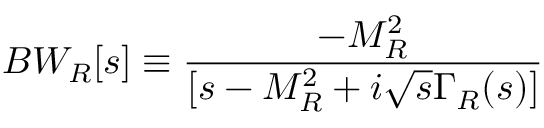
B W _ { R } [ s ] \equiv { \frac { - M _ { R } ^ { 2 } } { [ s - M _ { R } ^ { 2 } + i \sqrt s \Gamma _ { R } ( s ) ] } }